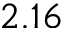
2 . 1 6